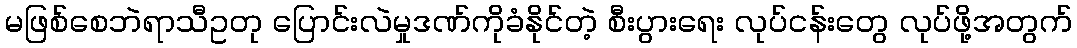
မဖြစ်စေဘဲရာသီဥတု ပြောင်းလဲမှုဒဏ်ကိုခံနိုင်တဲ့ စီးပွားရေး လုပ်ငန်းတွေ လုပ်ဖို့အတွက်